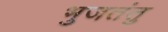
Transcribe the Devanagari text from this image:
भुजतंतु